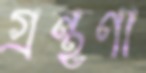
গ্রন্থণা